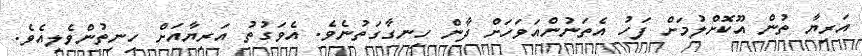
އަރިޔާ ތުން އޫކޮށްލުމަށް ފަހު އެތަނުންއަވަހަށް ދާން ހިނގާގަތުނެވެ. އެވަގުތު އަރިޔާއަށް ހިނިތުންވެލިއެވެ.